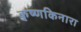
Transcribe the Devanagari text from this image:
कृष्णकिनारा